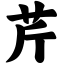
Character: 芹